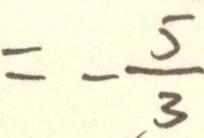
= - \frac { 5 } { 3 }